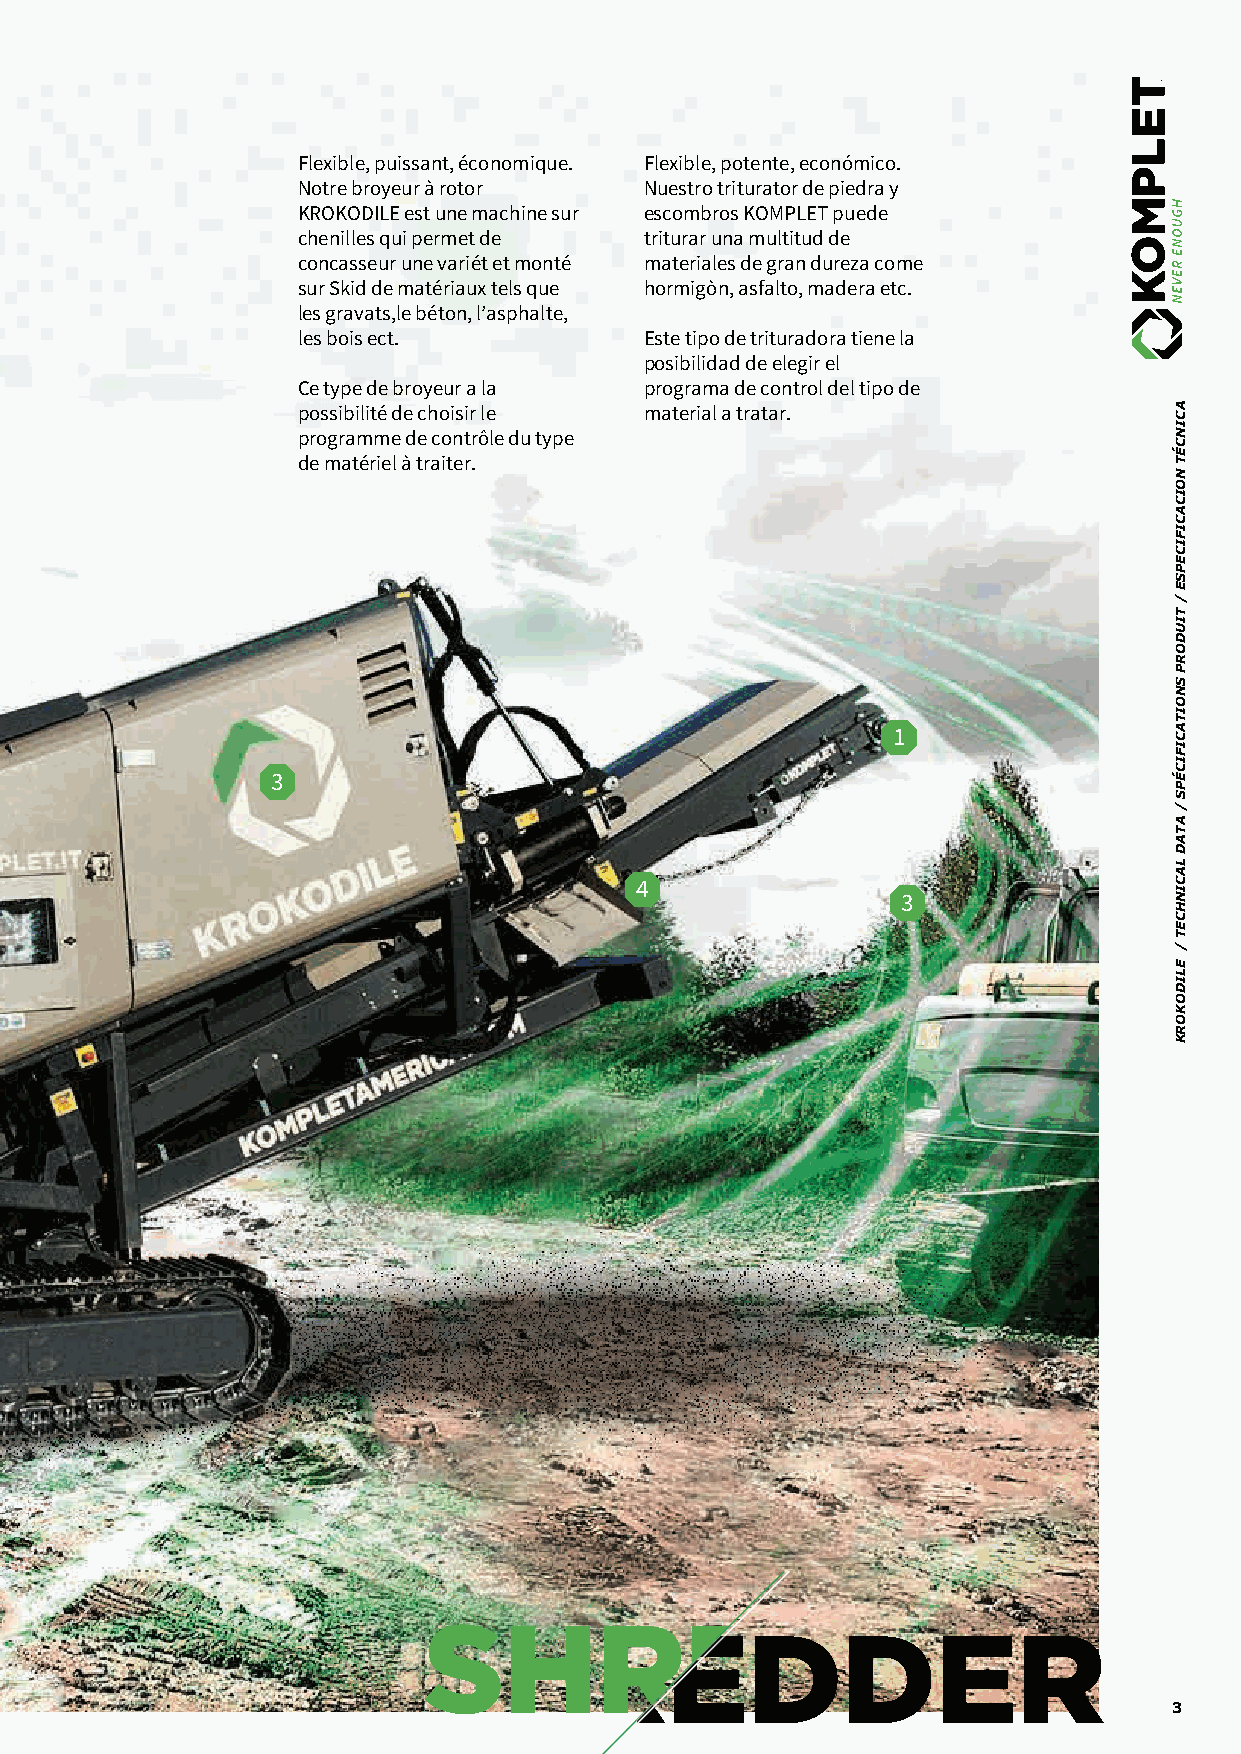
Flexible, puissant, économique. Flexible, potente, económico.
 Notre broyeur à rotor  Nuestro triturator de piedra y
 KROKODILE
 KROKODILE est une machine sur escombros KOMPLET puede
 chenilles qui permet de triturar una multitud de
 concasseur une variét et monté materiales de gran dureza come
 Flexible, powerful, economical. Our 1. SHREDDER/BROYEUR/TRITURATOR sur Skid de matériaux tels que hormigòn, asfalto, madera etc.
 KROKODILE gives you all the advantages of les gravats,le béton, l’asphalte,
 2. FEEDER/TREMIE/TOLVA
 les bois ect.          Este tipo de trituradora tiene la
 mobile shredding while being extremely
 3. POWERUNIT/MOTEUR/ACCIONAMIENTO          posibilidad de elegir el
 compact. This all-rounder shreds even
 Ce type de broyeur a la programa de control del tipo de
 difficult materials with its robust design and
 4. CONVEYOR/BANDE/CINTA
 possibilité de choisir le material a tratar.
 powerful engine. 5. TRACKS/CHENILLES/ORUGA programme de contrôle du type
 de matériel à traiter.
 This type of shredder have the opportunity
 to choose the control program depending on
 the type of feed material.
 1
 3
 2
 4
 3
 5
 2                                                                             3
 ACINCÉT
 NOICACIFICEPSE
 /
 TIUDORP
 SNOITACIFICÉPS
 /
 ATAD
 LACINHCET
 /
 ELIDOKORK